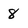
Character: 8